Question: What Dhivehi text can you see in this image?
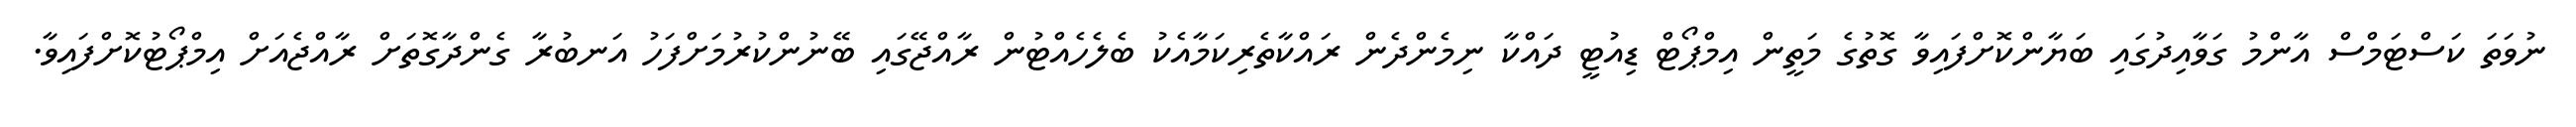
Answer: ނުވަތަ ކަސްޓަމްސް އާންމު ގަވާއިދުގައި ބަޔާންކޮށްފައިވާ ގޮތުގެ މަތީން އިމްޕޯޓް ޑިއުޓީ ދައްކާ ނިމެންދެން ރައްކާތެރިކަމާއެކު ބެލެހެއްޓުން ރާއްޖޭގައި ބޭނުންކުރުމަށްފަހު އަނބުރާ ގެންދާގޮތަށް ރާއްޖެއަށް އިމްޕޯޓުކޮށްފައިވާ.